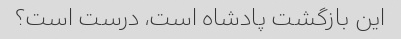
این بازگشت پادشاه است، درست است؟